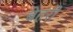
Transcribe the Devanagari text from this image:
बेहरी